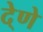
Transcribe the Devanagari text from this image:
दे्णे